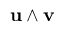
\mathbf { u } \wedge \mathbf { v }